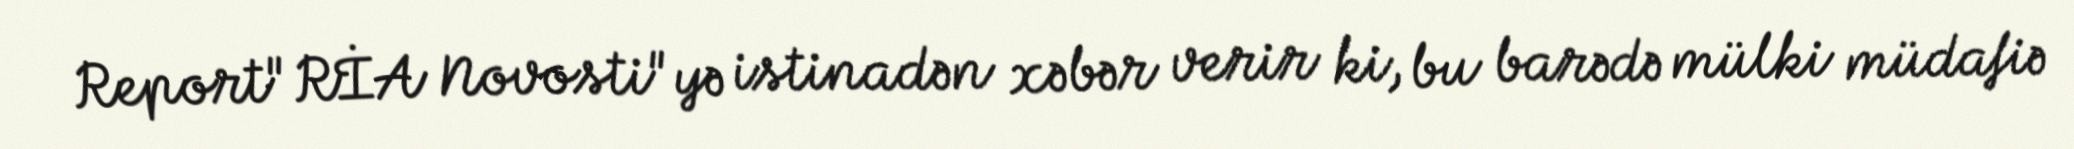
Report"RİA Novosti"yə istinadən xəbər verir ki, bu barədə mülki müdafiə